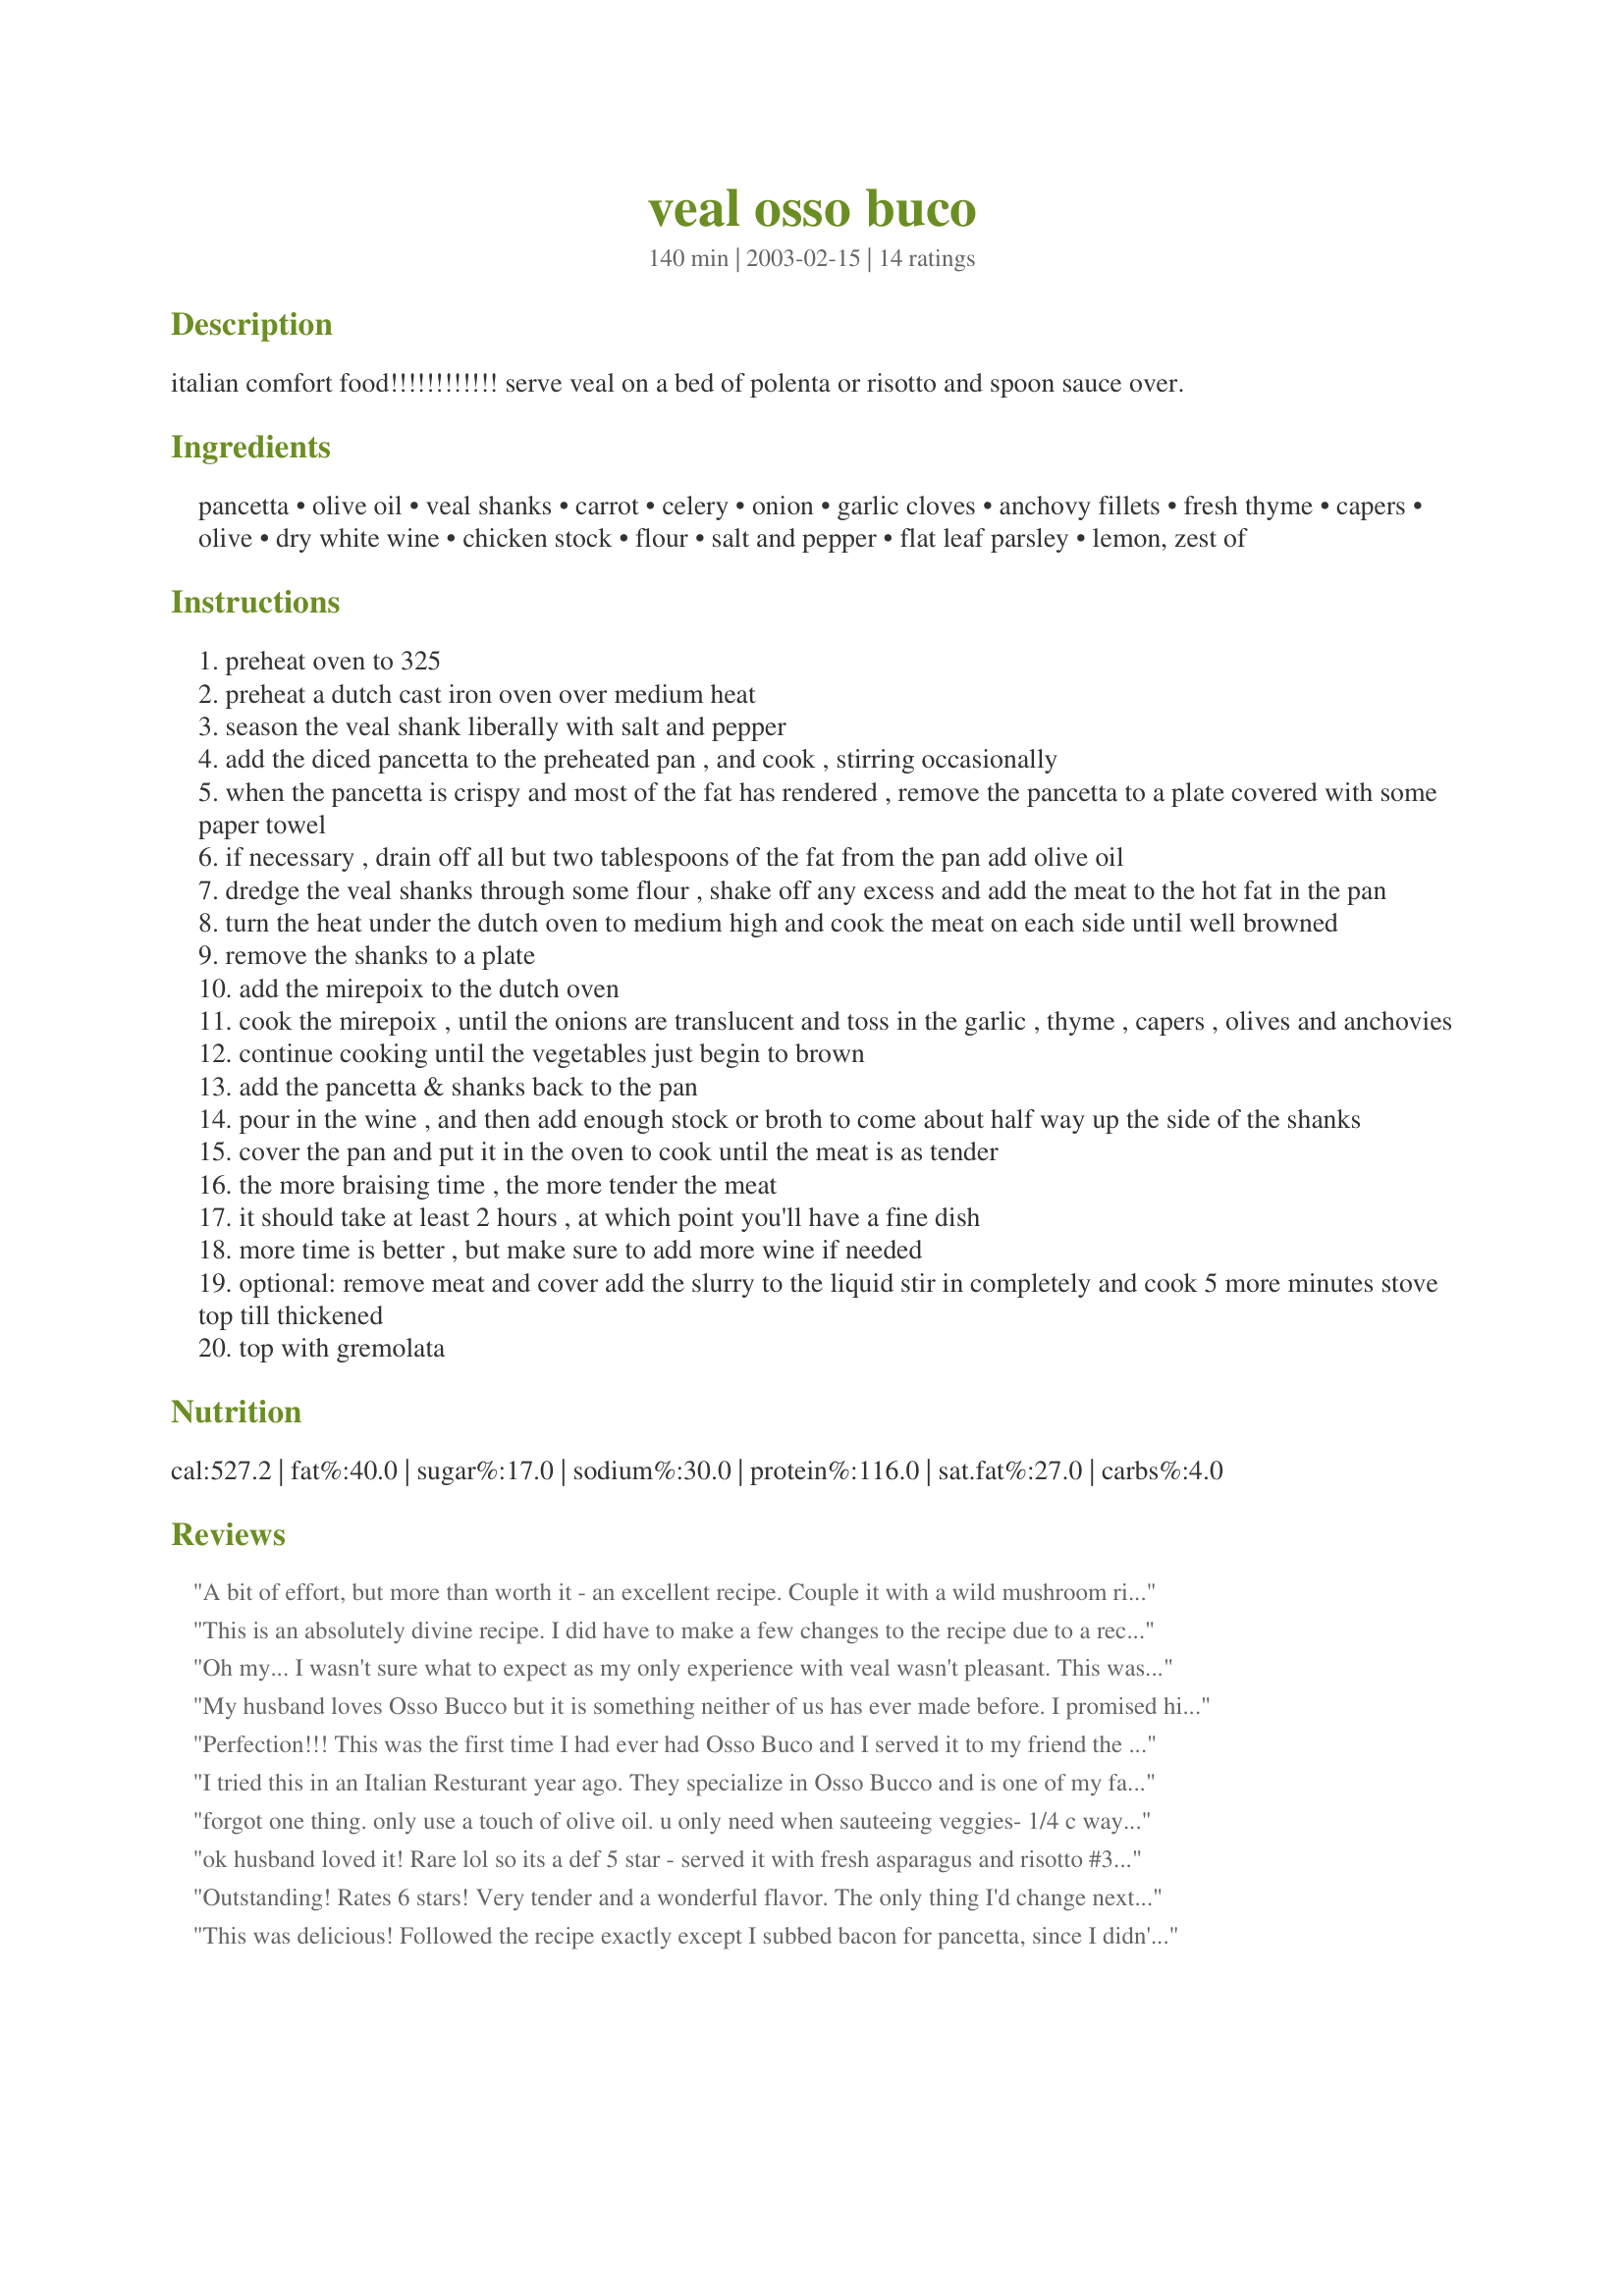
veal osso buco
Preparation time: 140 minutes

italian comfort food!!!!!!!!!!!! serve veal on a bed of polenta or risotto and spoon sauce over.

Ingredients:
pancetta, olive oil, veal shanks, carrot, celery, onion, garlic cloves, anchovy fillets, fresh thyme, capers, olive, dry white wine, chicken stock, flour, salt and pepper, flat leaf parsley, lemon, zest of

Steps:
preheat oven to 325
preheat a dutch cast iron oven over medium heat
season the veal shank liberally with salt and pepper
add the diced pancetta to the preheated pan , and cook , stirring occasionally
when the pancetta is crispy and most of the fat has rendered , remove the pancetta to a plate covered with some paper towel
if necessary , drain off all but two tablespoons of the fat from the pan add olive oil
dredge the veal shanks through some flour , shake off any excess and add the meat to the hot fat in the pan
turn the heat under the dutch oven to medium high and cook the meat on each side until well browned
remove the shanks to a plate
add the mirepoix to the dutch oven
cook the mirepoix , until the onions are translucent and toss in the garlic , thyme , capers , olives and anchovies
continue cooking until the vegetables just begin to brown
add the pancetta & shanks back to the pan
pour in the wine , and then add enough stock or broth to come about half way up the side of the shanks
cover the pan and put it in the oven to cook until the meat is as tender
the more braising time , the more tender the meat
it should take at least 2 hours , at which point you'll have a fine dish
more time is better , but make sure to add more wine if needed
optional: remove meat and cover add the slurry to the liquid stir in completely and cook 5 more minutes stove top till thickened
top with gremolata

Reviews:
A bit of effort, but more than worth it - an excellent recipe. Couple it with a wild mushroom risotto and it is an incredible dish.
This is an absolutely divine recipe. I did have to make a few changes to the recipe due to a recent heart attack and being on a strict Low Fat cardiac diet, so this was my treat. I did not add any pork or pork fat to the dish and used very little salt and used low sodium low fat stock, but other than that I kept the rest of the recipe as written. I was empted to use a leaner cut of veal but that would not be Osso Buco and I kept all other meals for the day to a minimum of fat to compensate for the extra fat in the dish. I cooked it for 3 hours and the meat was so tender that it literally fell away from the bone and melts in your mouth and the flavor imparted by the anchovies and Chardonnay to the mirepoix is indescribable. I added polenta and fresh vegetables and served with a small glass of Pomegranate Blueberry juice. Thanks for sharing this keeper recipe that I will be making again.
Oh my... I wasn't sure what to expect as my only experience with veal wasn't pleasant. This was incredible! Extremely flavorful and the meat was very tender. I added quite a bit more thyme, (probably doubled), and due to an oven mishap, (don't ask...), I ended up simmering it on the stove for about 3 hours. Exquisite.
My husband loves Osso Bucco but it is something neither of us has ever made before. I promised him we would try this out for Valentine's Day, so this was our romantic meal ;) The only alteration made was to decrease the olive oil to about 1 1/2 tablespoons. That was enough to cook the mirepoix and not leave an overly greasy taste. I cooked in the oven for 2 1/2 hours. The meat was wonderfully tender and words aren't sufficient to describe the delicious flavor. Served over rice with salad, bread and a bottle of wine at a candlelight table. Better than any restaurant could offer. Thanks Rita L. Way beyond 5-stars.
Perfection!!! This was the first time I had ever had Osso Buco and I served it to my friend the butcher (how is that for intimidation!!) After reading the other suggestions, I only used about 2 T of the olive oil. I did use the white wine and I thought it made the dish. I cooked my dish for 2-1/2 hours and had to add a bit more wine, but that was because of the size of my roaster. I took the roaster out and let it sit on the counter for about 10 minutes with the meat still surrounded by the veggies. The slurry was not needed, as far as I was concerned...but, the Germolata is a must!! I served this with Buttermilk Baked Tomatoes, Risotto and grilled bell peppers. Comfort food as its best!!! The table was pretty quiet as we all enjoyed the rich goodness...yummers!!! Rita...kudos on you for finding this wonderful keeper!!
I tried this in an Italian Resturant year ago. They specialize in Osso Bucco and is one of my favorite dishes. This is the best receipe yet.
forgot one thing. only use a touch of olive oil. u only need when sauteeing veggies- 1/4 c way too much.
ok husband loved it! Rare lol so its a def 5 star - served it with fresh asparagus and risotto #37801. Its amazing together, however stay clear of adding to much salt to either one as together its very salty ( but I would lick a salt block so I loved it too ) :)
Outstanding! Rates 6 stars! Very tender and a wonderful flavor. The only thing I'd change next time is to saute the mirepoix in 1 tbs olive oil rather than 1/4 cup (4 tbs.) as the dish was greasier than necessary. After about 2 hours cooking time, I added 2 large potatoes, quartered, on top of the veal shanks, and they were done and delicious, after a total cooking time of 3 hours. Because this is a rich dish, a light salad and bread would complete the meal. This is a winner. Thanks for sharing, Rita!
This was delicious! Followed the recipe exactly except I subbed bacon for pancetta, since I didn't have any. This is definitely a keeper. Thanks so much!
This was certainly very tasty and made a wonderful meal with Mashed Potatoes with Proscuitto and Parmesan Cheese #24554. My DH who cooked it, though, ranks it 4 stars because the recipe doesn't stipulate when to add the pancetta, and he feels that less experienced cooks might not realise that 'mirepoix' is a culinary term for "a mixture of equal amounts of finely diced carrot, onion, and celery". Nevertheless, it is a keeper.
My husband loved this. It took three hours. I used bacon as I don't have pancetta. The anchovies and olives make it! We took out the bones after three hours, and cleaned the gristle off the meat, and ran the gristle through the hand blender, and put the creamed gristle back in to thicken the stock.<br/><br/>Read more at: http://www.food.com/recipe/veal-osso-buco-54107?oc=linkback
This is a great recipe.Very tender and full of flavor. I used beef shank in place of the veal shank and added two fresh Italian tomatoes chopped to the recipe.Served it with mashed potatoes on the side. My family loved it. Thanks for the great recipe. JJ
woohoo this was excellent. followed recipe exactly except recipe didnt say what to do with the cooked pancetta so I just tossed it into the pot before I put in the oven. Doing low/no carbs so just ate the veal shanks in a pasta bowl and slurped up the rich tasty gravy. Had a side of sauteed spinach with garlic but sure would have loved a side of jersey beefstakes out of RitaL garden to make this meal complete. Cooked the shanks in the oven for almost 3 hrs. Fork tender and delicous. A definite keeper.
